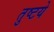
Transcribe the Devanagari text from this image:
तुष्टये